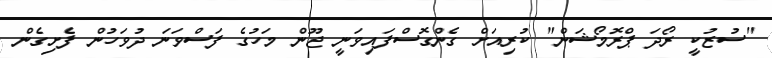
"ސުޒުކީ ރޯދަ ޕްރޮމޯޝަން" ކުރިއަށް ގެންގޮސްފައިވަނީ ޖޫން މަހުގެ ފަސްވަނަ ދުވަހުން ފެށިގެން